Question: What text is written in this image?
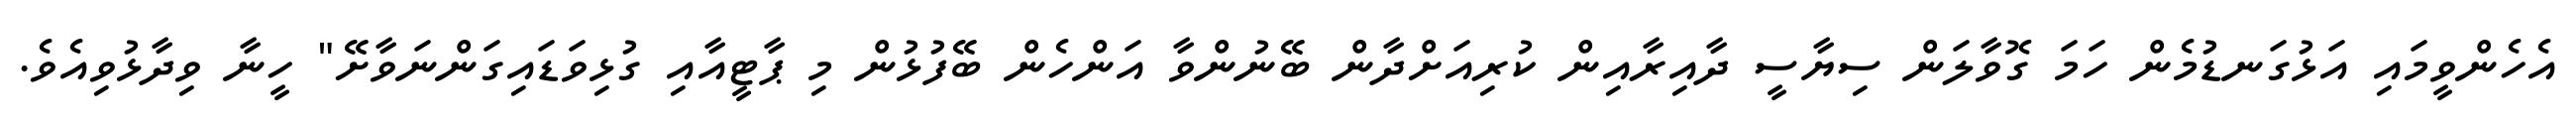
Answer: އެހެންވީމައި އަޅުގަނޑުމެން ހަމަ ގޮވާލަން ސިޔާސީ ދާއިރާއިން ކުރިއަށްދާން ބޭނުންވާ އަންހެން ބޭފުޅުން މި ޕާޓީއާއި ގުޅިވަޑައިގަންނަވާށޭ" ހީނާ ވިދާޅުވިއެވެ.